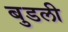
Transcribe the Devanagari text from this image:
बुडली